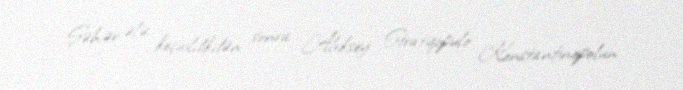
Şəhər ələ keçirildikdən sonra Aleksey Stratiqopulo Konstantinopolun